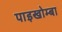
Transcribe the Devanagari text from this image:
पाइखोम्बा